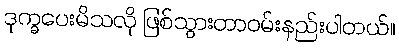
ဒုက္ခပေးမိသလို ဖြစ်သွားတာဝမ်းနည်းပါတယ်။